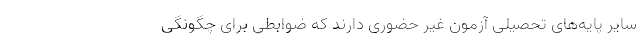
سایر پایه‌های تحصیلی آزمون غیر حضوری دارند که ضوابطی برای چگونگی